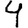
Digit: 4